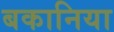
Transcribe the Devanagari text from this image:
बकानिया